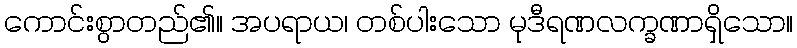
ကောင်းစွာတည်၏။ အပရာယ၊ တစ်ပါးသော မုဒီရဏလက္ခဏာရှိသော။